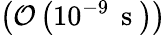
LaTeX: \left(\mathcal{O}\left(10^{-9}\, \mathrm{~s~}\right)\right)